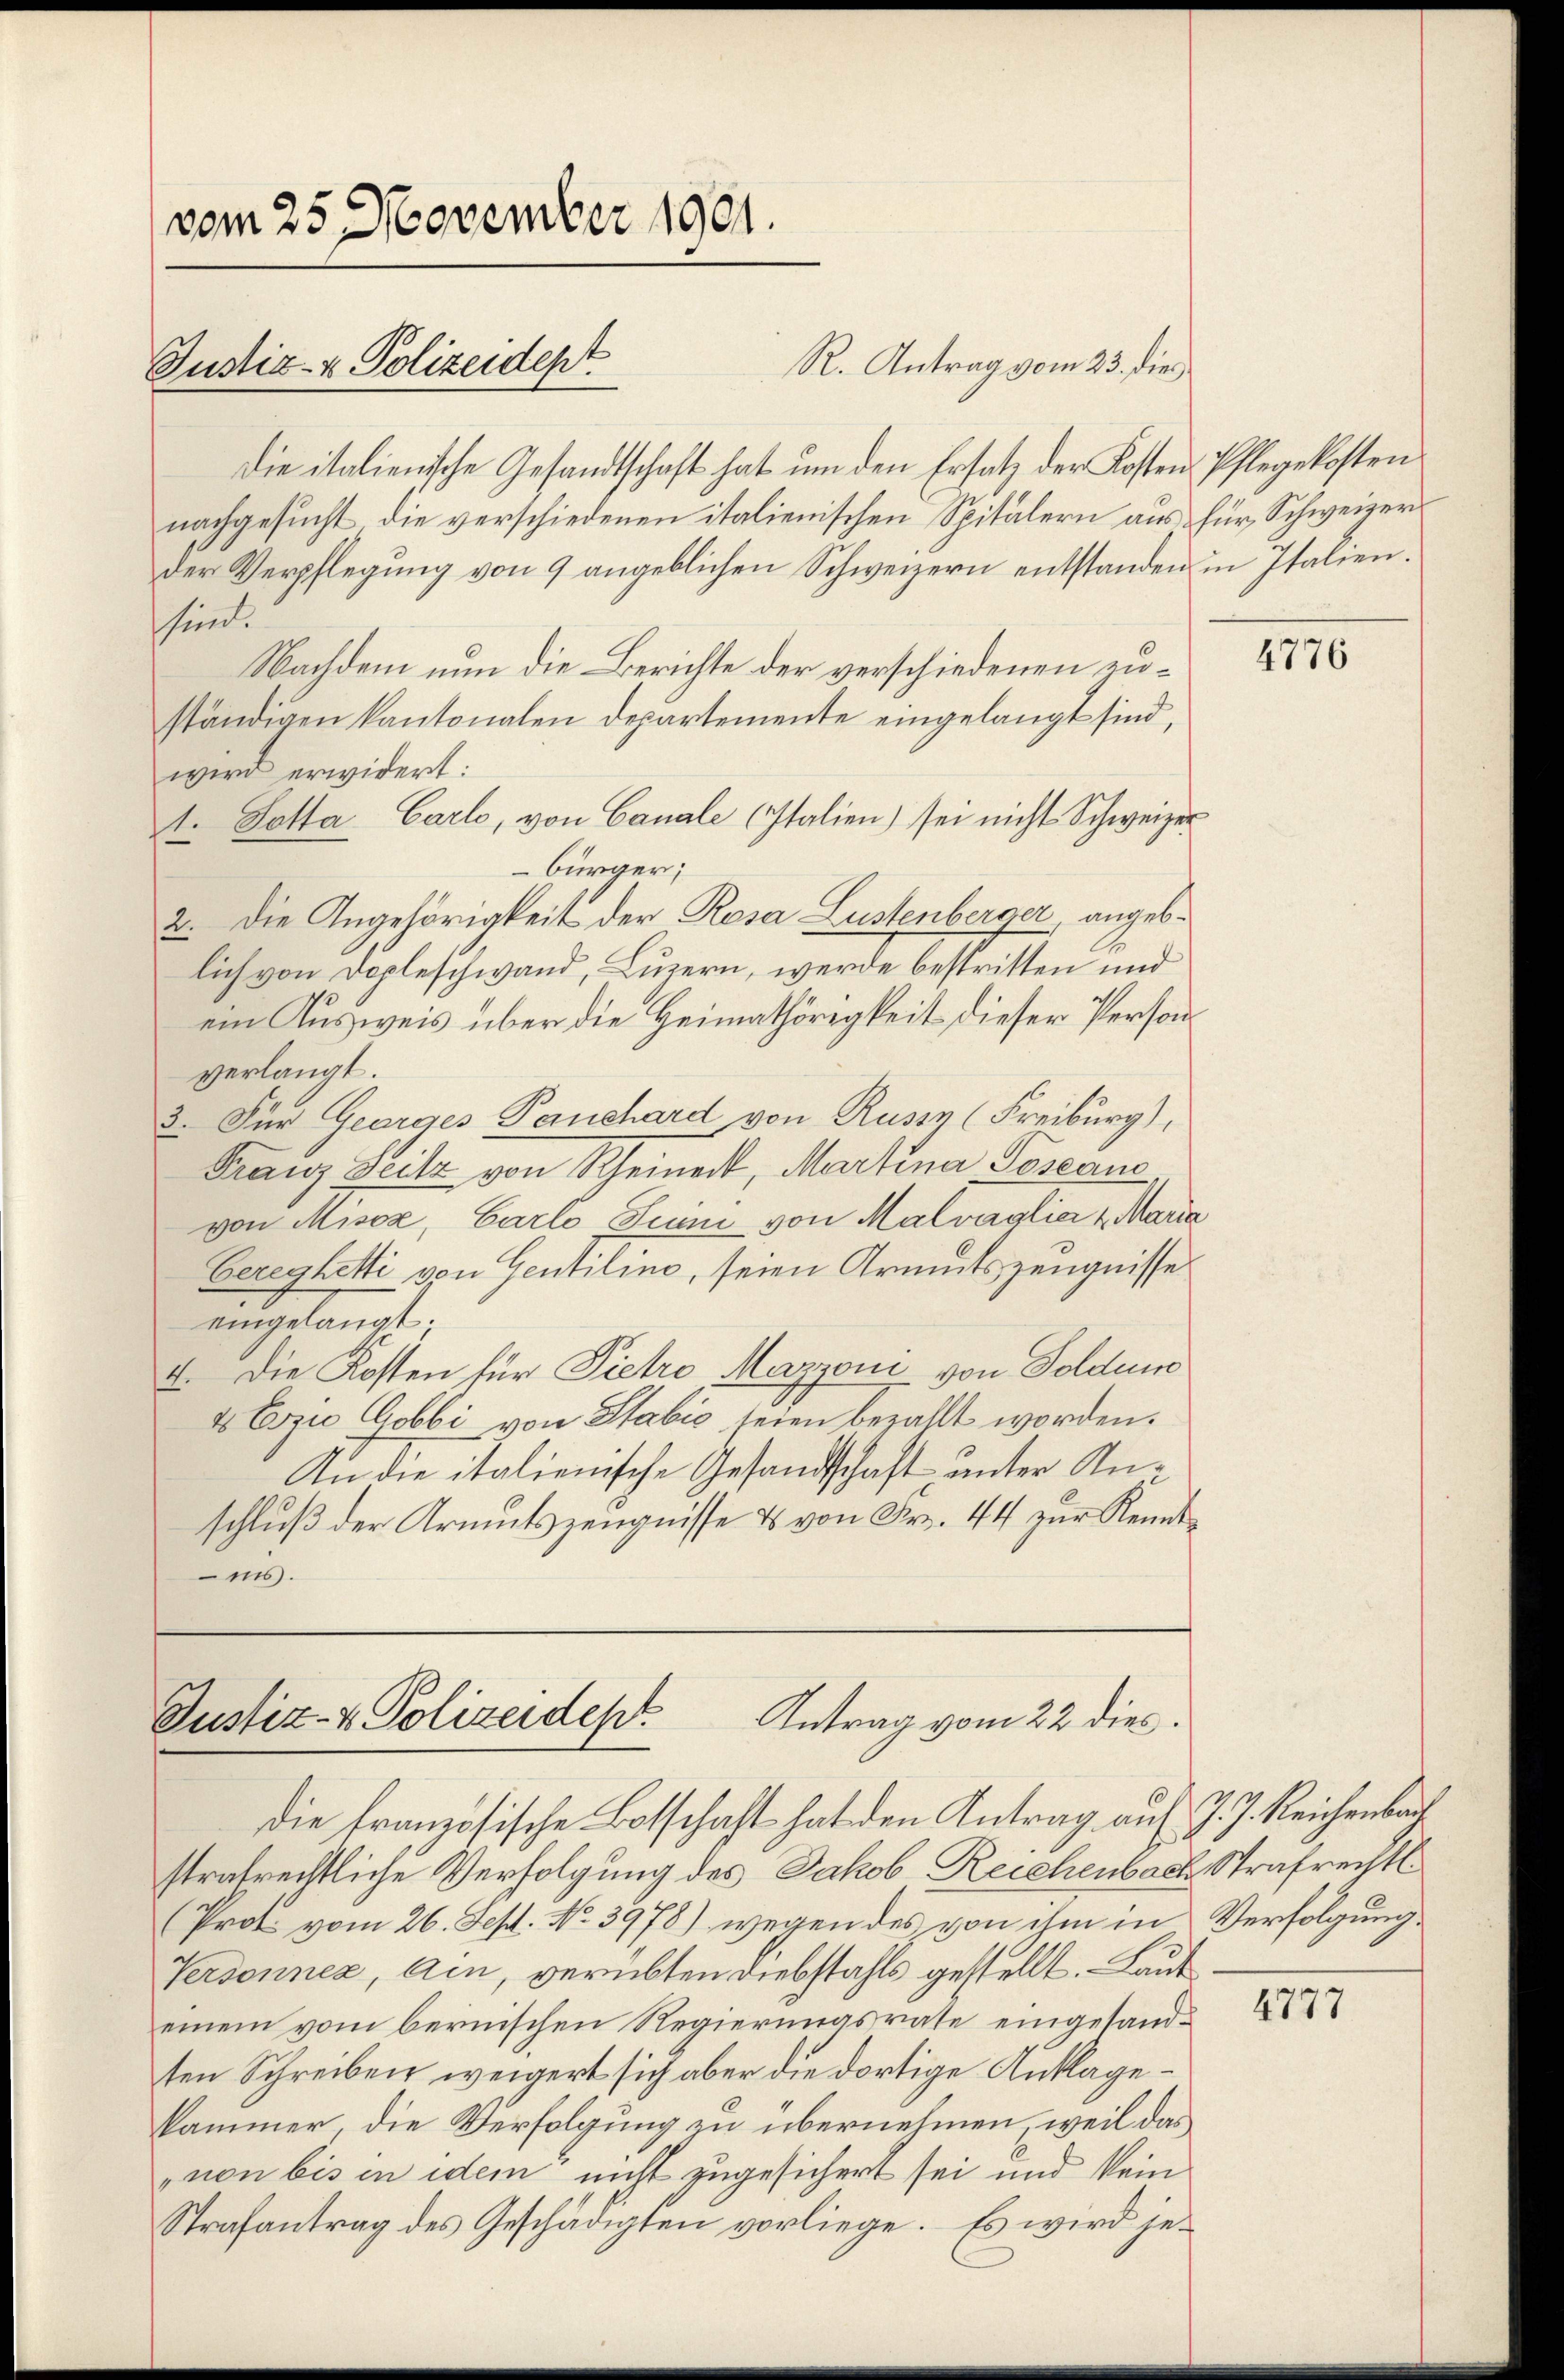
vom 25. November 1901.

Justiz- & Polizeidept

Die italienische Gesandtschaft hat um den Ersatz der Kosten Pflegekosten
nachgesucht die verschiedenen italienischen Spitälern aus für Schweizerder Verpflegung von 9 angeblichen Schweizern entstanden in Italiensind.
Nachdem nun die Berichte der verschiedenen zuständigen kantonalen Departemente eingelangt sind,
wird erwidert:
t. Potta Carlo, von Canale (Italien) sei nicht Schweizer
bürger;
2. Die Angehörigkeit der Rosa Lustenberger, angeblich von Dopleschwand, Luzern, werde bestritten und
ein Ausweis über die Heimathörigkeit dieser Person
verlangt.
3. Für Georges Panchard von Russe (Freiburg),
Franz Leitz von Rheinert, Martina Posean
von Misox, Carlo, Sinn von Malvaglia u. Maria
Cereyhetti von Gentiline, seien Armutszeugnisse
eingelangt;
4. Die Kosten für Pietro Mazzoni von Soldun
4 Ezio Cobbi von Stabić seien bezahlt worden.
An die italienische Gesandtschaft unter Anschluß der Armutszeugnisse & von Fr. 44 zur Kenntins.

R. Antrag vom 23. dies

Antrag vom 22 dies.
Justiz- & Polizeidep

strafrechtliche Verfolgung des Jakob Reichenbach Strafrechts
(Prot vom 26. Sept. No. 3978) wegen des von ihm in Verfolgung
Verdonnes, Arn, verübten Diebstahls gestellt. Laut
einem vom bernischen Regierungsrate eingesandten Schreiben weigert sich aber die dortige Anklagekammer, die Verfolgung zu übernehmen, weil das
non bis in idem nicht zugesichert sei und kein
Strafantrag des Geschädigten vorliege. Es wird je¬

die französische Botschaft hat den Antrag auf J. J. Reichenbach

4776

4777